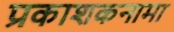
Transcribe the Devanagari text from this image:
प्रकाशकनामा